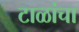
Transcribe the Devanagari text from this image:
टाळांचा